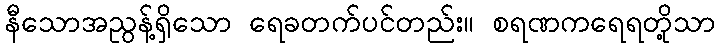
နီသောအညွန့်ရှိသော ရေခတက်ပင်တည်း။ စရဏကရေရတို့သာ